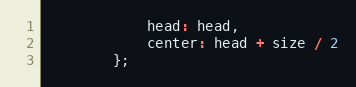
Language: JavaScript
			head: head,
			center: head + size / 2
		};